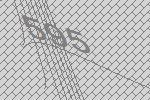
595